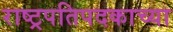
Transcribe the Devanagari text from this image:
राष्ट्रपतिपदकाच्या